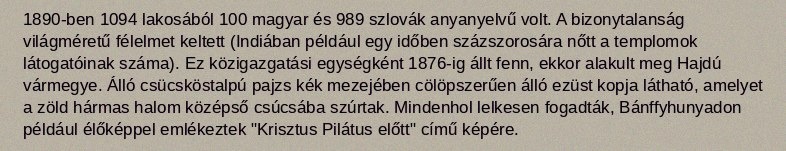
1890-ben 1094 lakosából 100 magyar és 989 szlovák anyanyelvű volt. A bizonytalanság világméretű félelmet keltett (Indiában például egy időben százszorosára nőtt a templomok látogatóinak száma). Ez közigazgatási egységként 1876-ig állt fenn, ekkor alakult meg Hajdú vármegye. Álló csücsköstalpú pajzs kék mezejében cölöpszerűen álló ezüst kopja látható, amelyet a zöld hármas halom középső csúcsába szúrtak. Mindenhol lelkesen fogadták, Bánffyhunyadon például élőképpel emlékeztek "Krisztus Pilátus előtt" című képére.